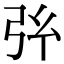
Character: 𢎺